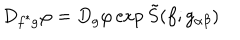
D _ { f ^ { \ast } g } \varphi = D _ { g } \varphi \exp { \tilde { S } ( f ; g _ { \alpha \beta } ) }